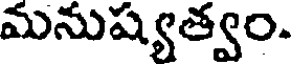
మనుష్యత్వం.